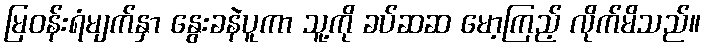
မြဝန်းရံမျက်နှာ နွေးခနဲပူကာ သူ့ကို ခပ်ဆဆ မော့ကြည့် လိုက်မိသည်။